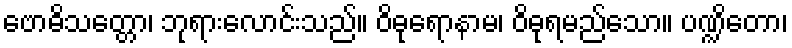
ဗောဓိသတ္တော၊ ဘုရားလောင်းသည်။ ဝိဓုရောနာမ၊ ဝိဓုရမည်သော။ ပဏ္ဍိတော၊